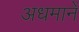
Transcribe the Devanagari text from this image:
अधमानें